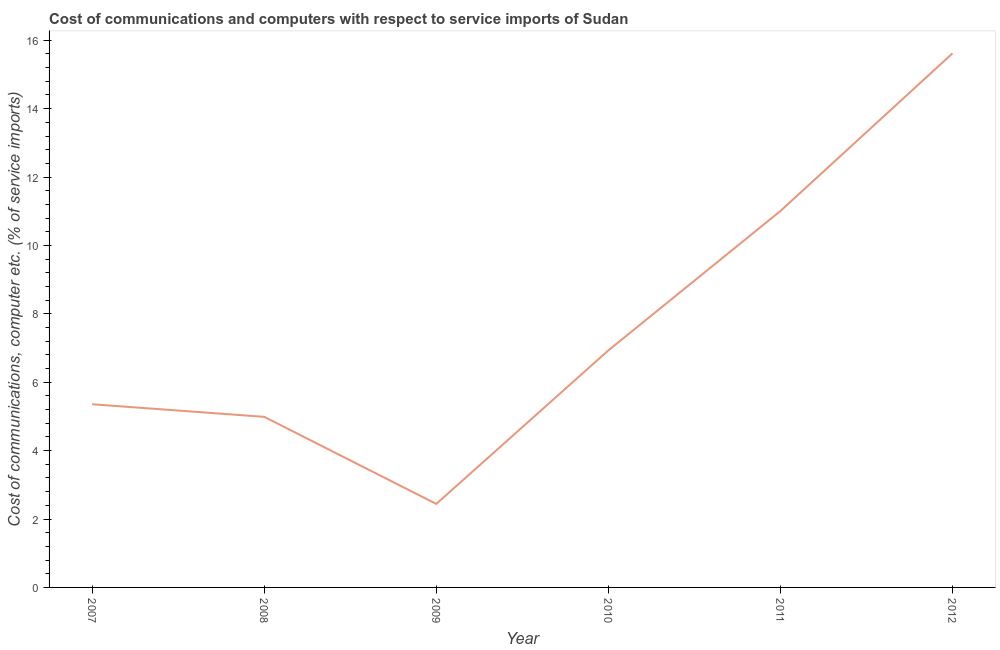
| Year | Communications |
 | --- | --- |
 | 2007 | 5.36 |
 | 2008 | 4.99 |
 | 2009 | 2.44 |
 | 2010 | 6.93 |
 | 2011 | 11 |
 | 2012 | 15.6 |